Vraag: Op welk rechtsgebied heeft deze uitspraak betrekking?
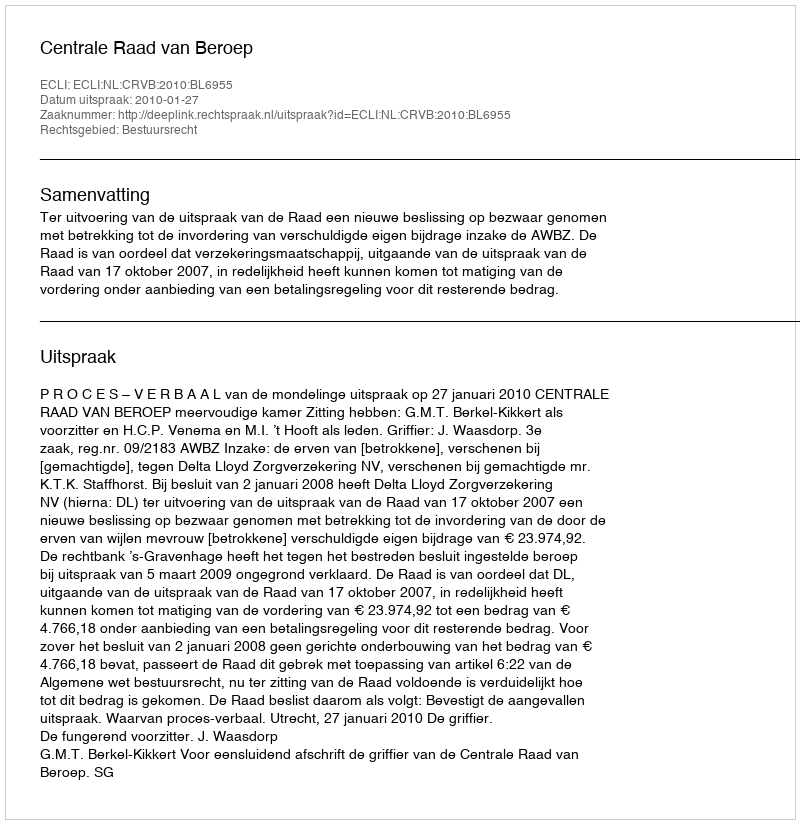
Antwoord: Bestuursrecht